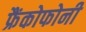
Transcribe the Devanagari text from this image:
फ्रैंकोफोनी